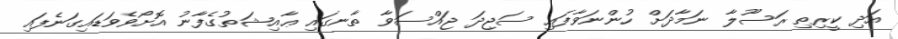
އަދި ކީރިތި ރަސޫލާ ނަމާދަށް ހުންނަވާފައި ސަޖިދަ ޖައްސަވާ ތާނގައި ޢާއިޝަތުގެފާނު އޮށޯވެވަޑައިގަނެފައި